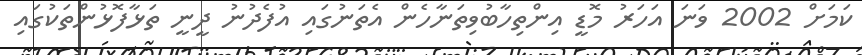
ކަމަށް 2002 ވަނަ އަހަރު މޮޑީ އިންތިހާބުވިތަނާހެން އެތަނުގައި އުފެދުނު ދީނީ ތަޅާފޮޅުންތަކުގައި